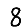
Digit: 8